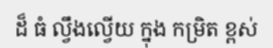
ដ៏ ធំ ល្វឹងល្វើយ ក្នុង កម្រិត ខ្ពស់